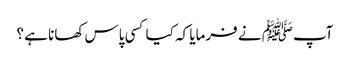
آپﷺ نے فرمایا کہ کیا کسی پاس کھانا ہے ؟